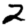
Digit: 2